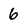
Character: 6